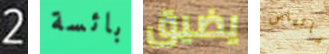
2 بائسة يضيق ماتياس